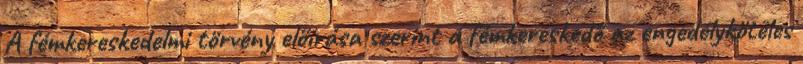
A fémkereskedelmi törvény előírása szerint a fémkereskedő az engedélyköteles